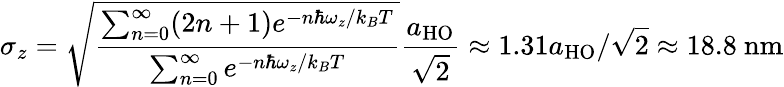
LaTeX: \sigma_{z}=\sqrt{\frac{\sum_{n=0}^{\infty}(2n+1)e^{-n\hbar\omega_{z}/k_{B}T}}{\sum_{n=0}^{\infty}e^{-n\hbar\omega_{z}/k_{B}T}}}\frac{a_{\mathrm{{HO}}}}{\sqrt{2}}\approx 1.31a_{\mathrm{{HO}}}/\sqrt{2}\approx 18.8~\mathrm{{nm}}